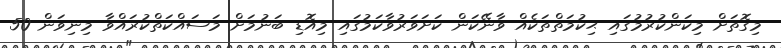
މިގޮތަށް މިކަންކުރުމުގައި ޙިކުމަތްތަކެއް ވާނޭކަން ކަށަވަރުވާކަމުގައި މިއޮޑި ބަނުމަށް މަސައްކަތްކުރައްވާ މިނިވަން 50